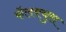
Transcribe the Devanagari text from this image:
कॅलक्युस